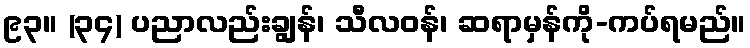
၉၃။ (၃၄) ပညာလည်းချွန်၊ သီလဝန်၊ ဆရာမှန်ကို-ကပ်ရမည်။